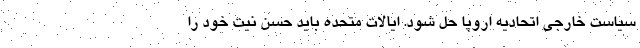
سیاست خارجی اتحادیه اروپا حل شود. ایالات متحده باید حسن نیت خود را